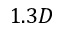
1 . 3 D